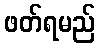
ဖတ်ရမည်